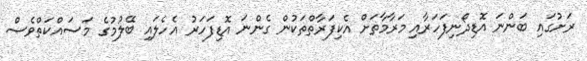
ރަށުގައި ބަންނަ އޮޑިދޯނިފަހަރާއި މަރާމާތަށް އެކިފަރާތްތަކުން ގެންނަ އޮޑިފަހަރު އެހެލައި ބޭލުމުގެ މަސައްކަތްވެސް